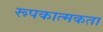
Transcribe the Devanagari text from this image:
रूपकात्मकता